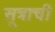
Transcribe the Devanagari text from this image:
सूत्राची